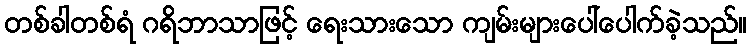
တစ်ခါတစ်ရံ ဂရိဘာသာဖြင့် ရေးသားသော ကျမ်းများပေါ်ပေါက်ခဲ့သည်။